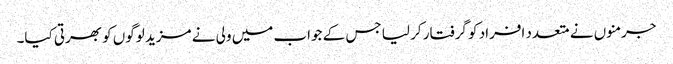
جرمنوں نے متعدد افراد کو گرفتار کر لیا جس کے جواب میں ولی نے مزید لوگوں کو بھرتی کیا۔